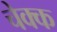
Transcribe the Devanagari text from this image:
चेक्क